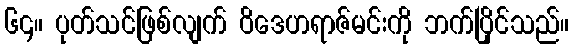
၆၄။ ပုတ်သင်ဖြစ်လျက် ဝိဒေဟရာဇ်မင်းကို ဘက်ပြိုင်သည်။